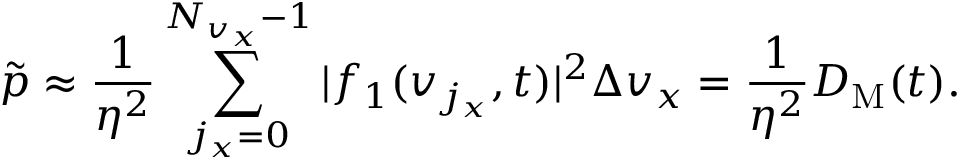
\tilde { p } \approx \frac { 1 } { \eta ^ { 2 } } \sum _ { j _ { x } = 0 } ^ { N _ { v _ { x } } - 1 } | f _ { 1 } ( v _ { j _ { x } } , t ) | ^ { 2 } \Delta v _ { x } = \frac { 1 } { \eta ^ { 2 } } D _ { \mathrm { M } } ( t ) .